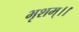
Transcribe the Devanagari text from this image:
भृशम्।।